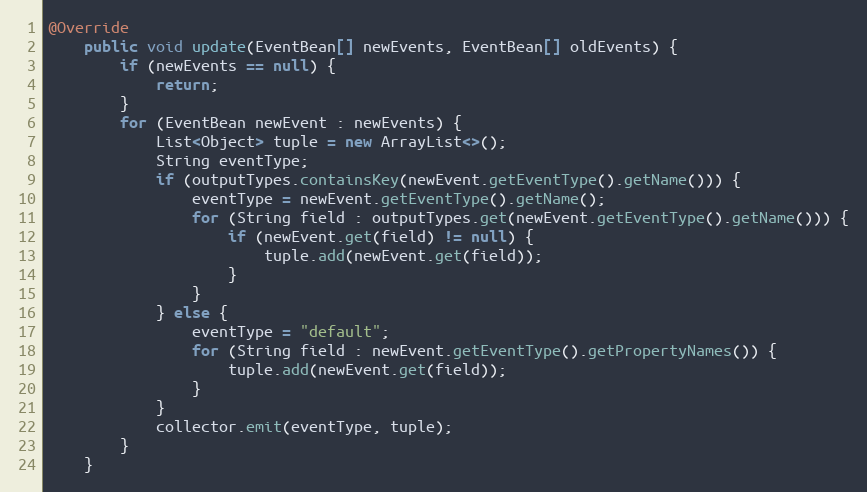
Language: Java
@Override
    public void update(EventBean[] newEvents, EventBean[] oldEvents) {
        if (newEvents == null) {
            return;
        }
        for (EventBean newEvent : newEvents) {
            List<Object> tuple = new ArrayList<>();
            String eventType;
            if (outputTypes.containsKey(newEvent.getEventType().getName())) {
                eventType = newEvent.getEventType().getName();
                for (String field : outputTypes.get(newEvent.getEventType().getName())) {
                    if (newEvent.get(field) != null) {
                        tuple.add(newEvent.get(field));
                    }
                }
            } else {
                eventType = "default";
                for (String field : newEvent.getEventType().getPropertyNames()) {
                    tuple.add(newEvent.get(field));
                }
            }
            collector.emit(eventType, tuple);
        }
    }